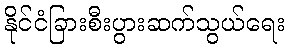
နိုင်ငံခြားစီးပွားဆက်သွယ်ရေး